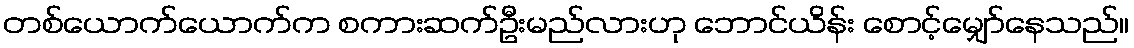
တစ်ယောက်ယောက်က စကားဆက်ဦးမည်လားဟု ဘောင်ယိန်း စောင့်မျှော်နေသည်။